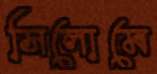
সিলোমে